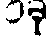
၁ခု